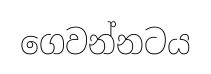
ගෙවන්නටය